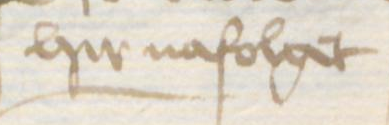
hir nafolget